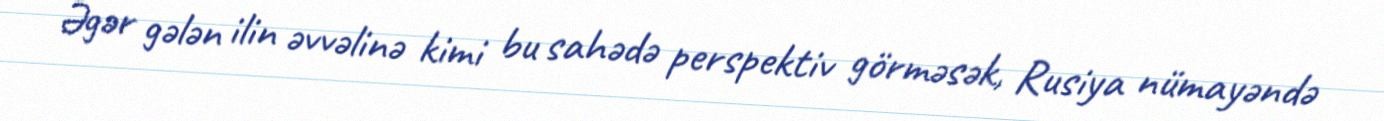
Əgər gələn ilin əvvəlinə kimi bu sahədə perspektiv görməsək, Rusiya nümayəndə